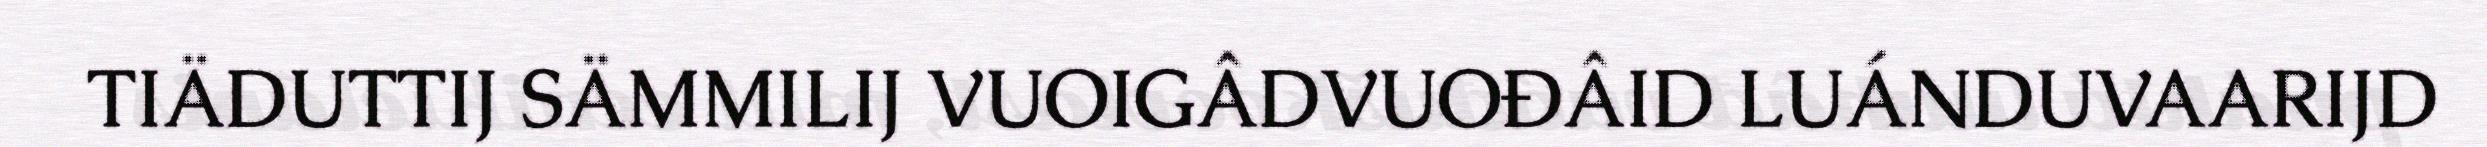
TIÄDUTTIJ SÄMMILIJ VUOIGÂDVUOĐÂID LUÁNDUVAARIJD